Manual of vaccination for the United Provinces of Agra and Oudh -
Year: 1903
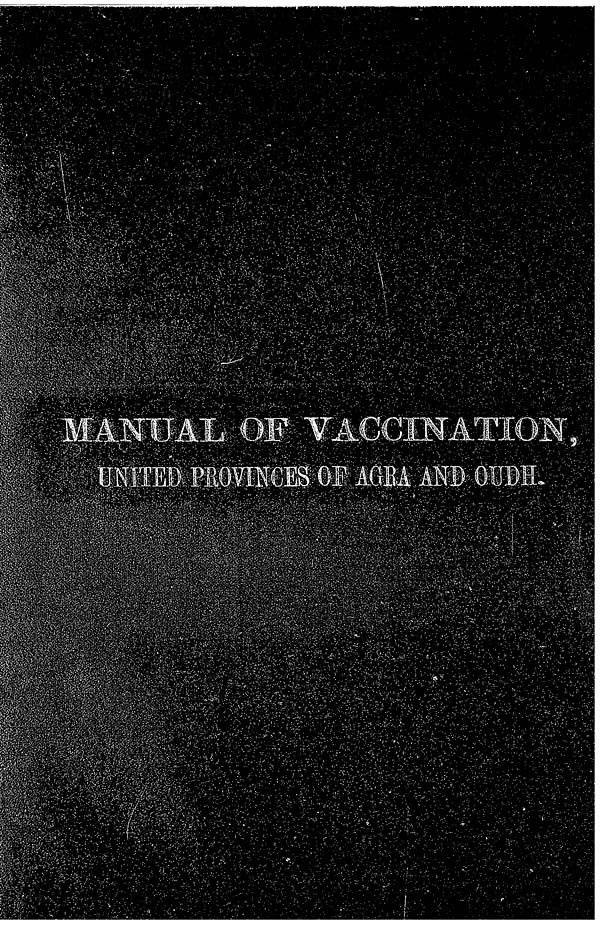
MANUAL OF VACCINATION,
UNITED PROVINCES OF AGRA AND OUDH.